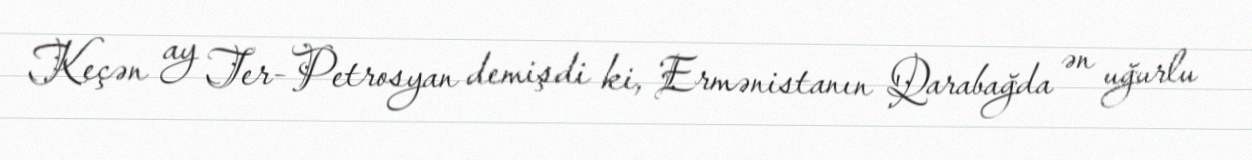
Keçən ay Ter-Petrosyan demişdi ki, Ermənistanın Qarabağda ən uğurlu